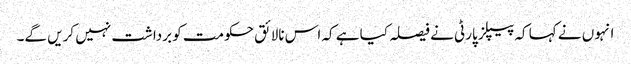
انہوں نے کہا کہ پیپلز پارٹی نے فیصلہ کیا ہے کہ اس نالائق حکومت کو برداشت نہیں کریں گے۔